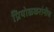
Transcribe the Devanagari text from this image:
प्रियोळकरांनीच